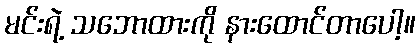
မင်းရဲ့ သဘောထားကို နားထောင်တာပေါ့။